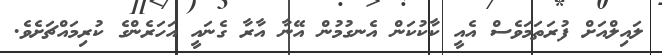
ލައިލްއަށް ފުރަތަމަވެސް އެއީ ކާކުކަން އެނގުމުން އޭނާ އާރާ ގެނައީ އަހަރެންގެ ކުރިމައްޗަށެވެ.